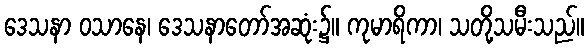
ဒေသနာ ဝသာနေ၊ ဒေသနာတော်အဆုံး၌။ ကုမာရိကာ၊ သတို့သမီးသည်။